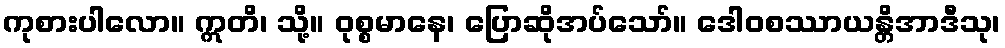
ကုစားပါလော။ ဣတိ၊ သို့။ ဝုစ္စမာနေ၊ ပြောဆိုအပ်သော်။ ဒေါဝစဿာယန္တိအာဒီသု၊